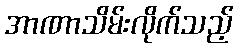
အာဏာသိမ်းလိုက်သည့်